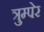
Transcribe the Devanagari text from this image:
त्रुम्पेर